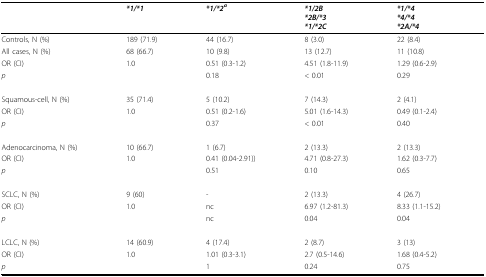
<table><thead><tr><td></td><td><b><i>*1/*1</i></b></td><td><b><i>*1/*2<sup>a</sup></i></b></td><td><b><i>*1/2B</i><i>*2B/*3</i><i>*1/*2C</i></b></td><td><b><i>*1/*4</i><i>*4/*4</i><i>*2A/*4</i></b></td></tr></thead><tbody><tr><td>Controls, N (%)</td><td>189 (71.9)</td><td>44 (16.7)</td><td>8 (3.0)</td><td>22 (8.4)</td></tr><tr><td>All cases, N (%)</td><td>68 (66.7)</td><td>10 (9.8)</td><td>13 (12.7)</td><td>11 (10.8)</td></tr><tr><td>OR (CI)</td><td>1.0</td><td>0.51 (0.3-1.2)</td><td>4.51 (1.8-11.9)</td><td>1.29 (0.6-2.9)</td></tr><tr><td><i>p</i></td><td></td><td>0.18</td><td>&lt; 0.01</td><td>0.29</td></tr><tr><td>Squamous-cell, N (%)</td><td>35 (71.4)</td><td>5 (10.2)</td><td>7 (14.3)</td><td>2 (4.1)</td></tr><tr><td>OR (CI)</td><td>1.0</td><td>0.51 (0.2-1.6)</td><td>5.01 (1.6-14.3)</td><td>0.49 (0.1-2.4)</td></tr><tr><td><i>p</i></td><td></td><td>0.37</td><td>&lt; 0.01</td><td>0.40</td></tr><tr><td>Adenocarcinoma, N (%)</td><td>10 (66.7)</td><td>1 (6.7)</td><td>2 (13.3)</td><td>2 (13.3)</td></tr><tr><td>OR (CI)</td><td>1.0</td><td>0.41 (0.04-2.91))</td><td>4.71 (0.8-27.3)</td><td>1.62 (0.3-7.7)</td></tr><tr><td><i>p</i></td><td></td><td>0.51</td><td>0.10</td><td>0.65</td></tr><tr><td>SCLC, N (%)</td><td>9 (60)</td><td>-</td><td>2 (13.3)</td><td>4 (26.7)</td></tr><tr><td>OR (CI)</td><td>1.0</td><td>nc</td><td>6.97 (1.2-81.3)</td><td>8.33 (1.1-15.2)</td></tr><tr><td><i>p</i></td><td></td><td>nc</td><td>0.04</td><td>0.04</td></tr><tr><td>LCLC, N (%)</td><td>14 (60.9)</td><td>4 (17.4)</td><td>2 (8.7)</td><td>3 (13)</td></tr><tr><td>OR (CI)</td><td>1.0</td><td>1.01 (0.3-3.1)</td><td>2.7 (0.5-14.6)</td><td>1.68 (0.4-5.2)</td></tr><tr><td><i>p</i></td><td></td><td>1</td><td>0.24</td><td>0.75</td></tr></tbody></table>